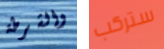
والشرطة ستركب